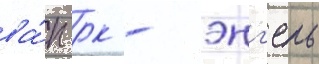
ва́п рк - энг'ель